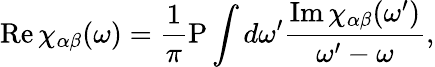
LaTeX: \mathrm{Re}\, \chi_{\alpha\beta}(\omega)={\frac{1}{\pi}}\mathrm{P}\int d\omega^{\prime}{\frac{\mathrm{Im}\, \chi_{\alpha\beta}(\omega^{\prime})}{\omega^{\prime}-\omega}},